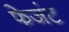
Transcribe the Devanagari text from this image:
फेजंट